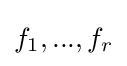
f_{1},...,f_{r}